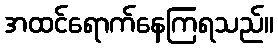
အထင်ရောက်နေကြရသည်။